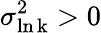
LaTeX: \sigma_{\mathrm{\ln k}}^{2}>0